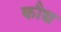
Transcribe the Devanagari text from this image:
कौच्च